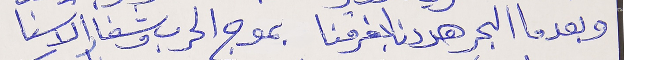
وبعدما البحر هددنا بغرقنا      بموج الحرب وشفار الاسنا